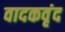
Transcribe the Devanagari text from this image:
वादकवृंद